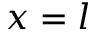
x = l